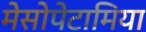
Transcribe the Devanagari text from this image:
मेसोपेटामिया